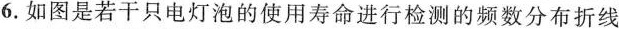
6.如图是若干只电灯泡的使用寿命进行检测的频数分布折线